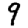
Digit: 9